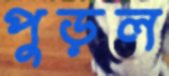
পুড়ল